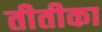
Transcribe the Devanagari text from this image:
तीतीका